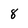
Character: 8